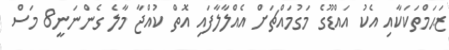
ޒަޙަމްތަކަކާއި އެކު އައްޑޫގެ މަގުމައްޗަށް އެއްލާލާފައި އޮތް ކުއްޖާ މާލެ ގެންނަނީ8 މަސް